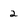
Character: 2